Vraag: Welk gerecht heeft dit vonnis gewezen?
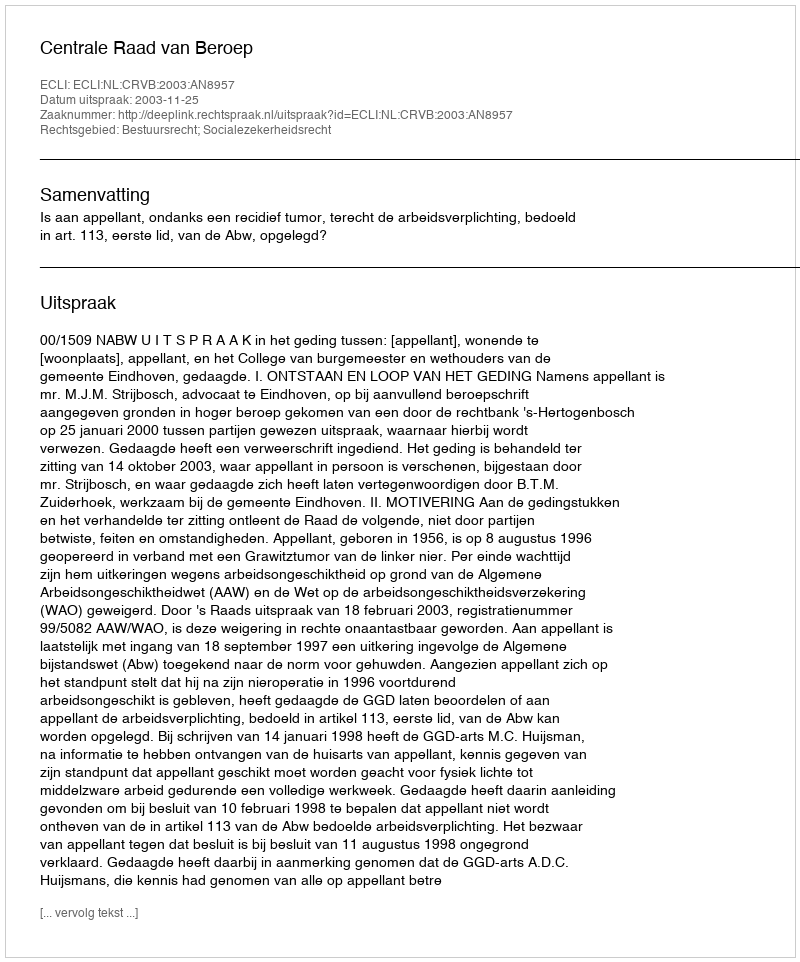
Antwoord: Centrale Raad van Beroep